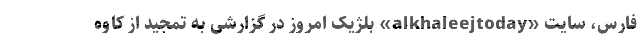
فارس، سایت «alkhaleejtoday» بلژیک امروز در گزارشی به تمجید از کاوه